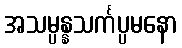
အသမ္ပန္နသင်္ကပ္ပမနော